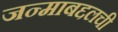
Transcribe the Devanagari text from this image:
जन्माबद्दलची